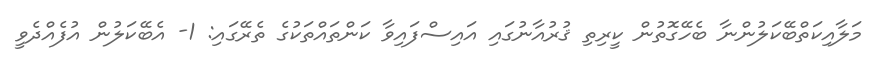
މަލާއިކަތްބޭކަލުންނާ ބެހޭގޮތުން ކީރިތި ޤުރުއާނުގައި އައިސްފައިވާ ކަންތައްތަކުގެ ތެރޭގައި: 1- އެބޭކަލުން އުފެއްދެވީ